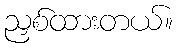
ညှစ်ထားတယ်။